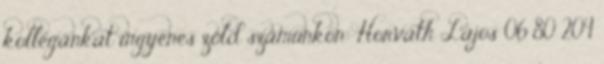
kollégánkat ingyenes zöld számunkon: Horváth Lajos 06 80 204